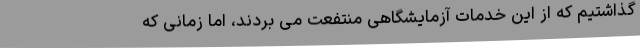
گذاشتیم که از این خدمات آزمایشگاهی منتفعت می بردند، اما زمانی که